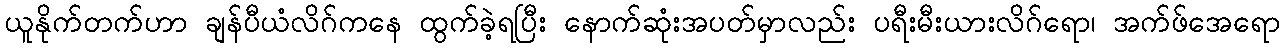
ယူနိုက်တက်ဟာ ချန်ပီယံလိဂ်ကနေ ထွက်ခဲ့ရပြီး နောက်ဆုံးအပတ်မှာလည်း ပရီးမီးယားလိဂ်ရော၊ အက်ဖ်အေရော